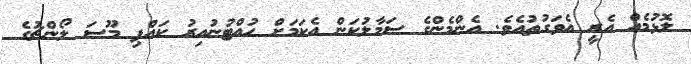
ލޮޅުމެއް އެރީ އެވަގުތުއެވެ. އެންމެންގެ ސަމާލުކަން އެކަމަށް ހުއްޓުނުއިރު ކައްޕި މޫސަ ލޯންޗުގެ